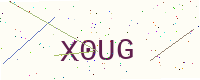
Text: X0UG